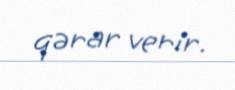
qərar verir.